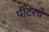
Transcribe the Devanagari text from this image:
पीटरचे